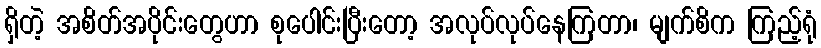
ရှိတဲ့ အစိတ်အပိုင်းတွေဟာ စုပေါင်းပြီးတော့ အလုပ်လုပ်နေကြတာ၊ မျက်စိက ကြည့်ရုံ